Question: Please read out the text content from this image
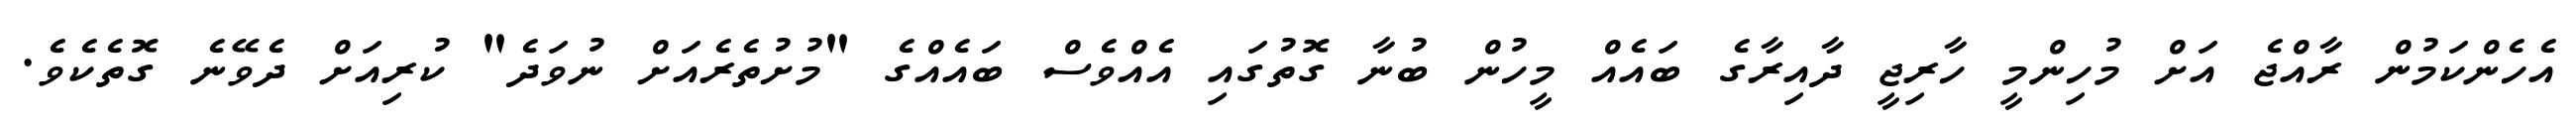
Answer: އެހެންކަމުން ރާއްޖެ އަށް މުހިންމީ ހާރިޖީ ދާއިރާގެ ބައެއް މީހުން ބުނާ ގޮތުގައި އެއްވެސް ބައެއްގެ "މުށުތެރެއަށް ނުވަދެ" ކުރިއަށް ދެވޭނެ ގޮތެކެވެ.